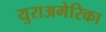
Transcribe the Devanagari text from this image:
युराअमेरिका